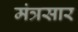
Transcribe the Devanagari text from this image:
मंत्रसार